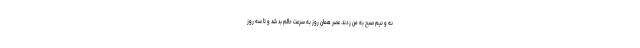
نه و نیم صبح به من زدند. عصر همان روز به سرعت حالم بد شد و تا سه روز